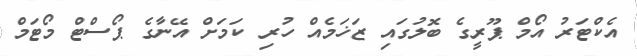
އެކްޓަރު އޯމް ޕޫރީގެ ބޮލުގައި ޒަޚަމެއް ހުރި ކަމަށް އޭނާގެ ޕޯސްޓް މޯޓަމް